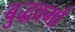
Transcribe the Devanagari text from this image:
बुद्धवर्मा